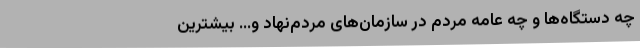
چه دستگاه‌ها و چه عامه مردم در سازمان‌های مردم‌نهاد و... بیشترین